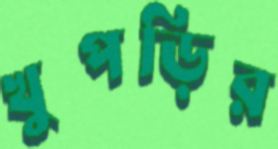
খুপড়ির